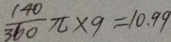
\frac { 1 4 0 } { 3 6 0 } \pi \times 9 = 1 0 . 9 9